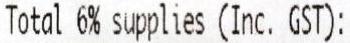
TOTAL 6% SUPPLIES (INC. GST):